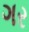
ગર